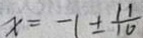
x = - 1 \pm \frac { 1 1 } { 1 0 }